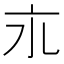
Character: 𬽃